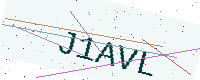
Text: J1AVL